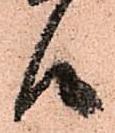
候